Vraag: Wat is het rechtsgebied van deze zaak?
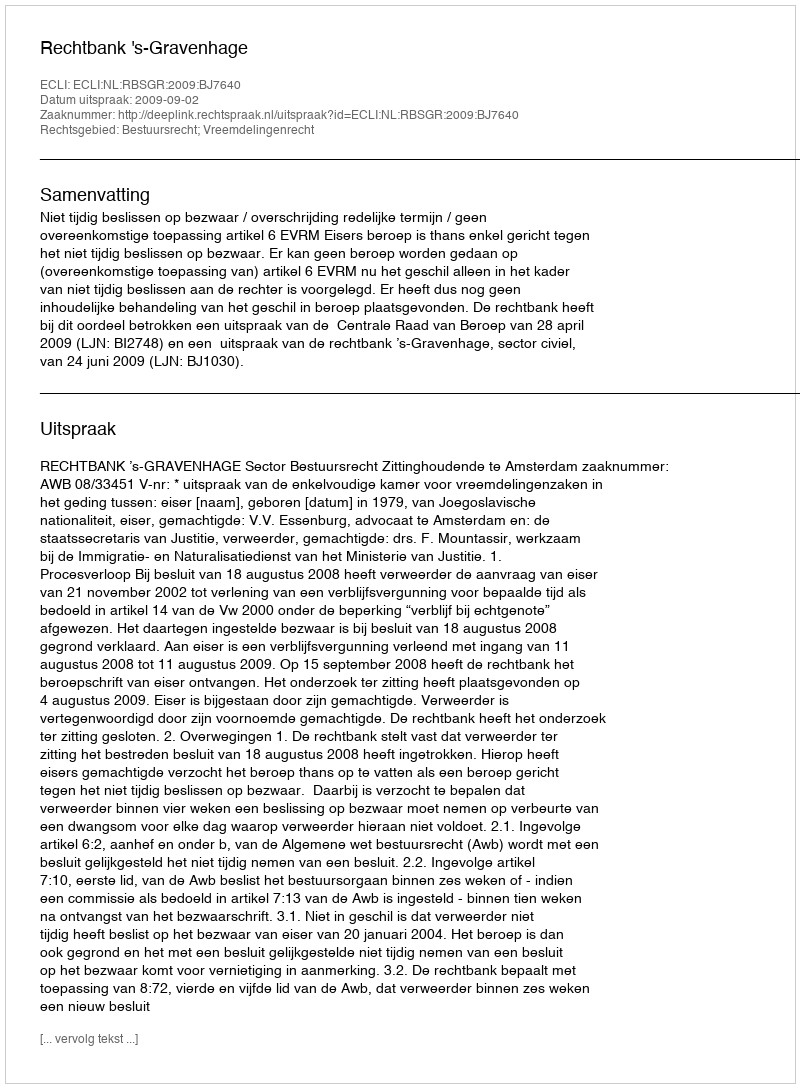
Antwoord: Bestuursrecht; Vreemdelingenrecht